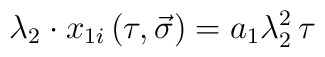
\lambda _2\cdot x_{1i}\left( \tau ,\vec{\sigma}\right) =a_1\lambda _2^2\,\tau